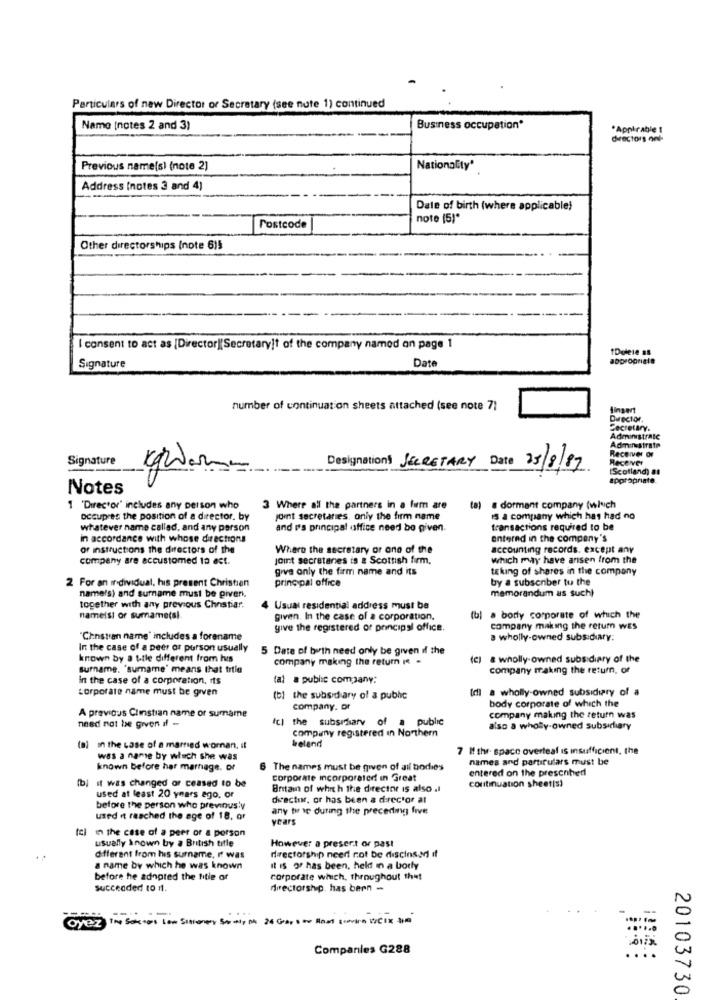
Particulars of new Director of Secretary (see nute 1) continued
Name [notes 2 and 3)
Business occupation*
"Appirable !
directors nel-
Previous name(s) (note 2)
Nationality*
Address (notes 3 and 4)
Date of birth (where applicable)
note (5)*
Postcode
Other directorships (note 6)5
I consent to act as [Director][Secretary!t of the company named on page 1
Date
Signature
number of continuation sheets attached (see note 7)
fingert
Director,
Secretary.
Administratc
Receiver of
Signature
Hecever
Designation] SECRETARY Date
25/8/87
"Scotland) at
appropriate.
Notes
1 'Director' includes any person who
3 Where all the partners in a fum are
a dormant company (wieich
occupies the position of a director. by
joint secretaries. only the firm name
is a company which has had no
whatever name called, and any person
and i's principal office need bo given.
transactions required to be
in accordance with whose directions
entered in the company's
or instructions the directors of the
Where the secretary or one of the
accounting records. except any
company are accustomed to act.
joint secretanes is & Scottish firm.
which may have arisen from the
give only the firm name and its
taking of shares in the company
2 For an individual, his present Christian
principal office
by a subscriber tu the
memorandum as such)
name's) and surname must be given,
together with any previous Chostiar.
4 Usual residential address must be
nameist or sumame(si
given. In the case of a corporation,
(ul . borly corporate of which the
give the registered or principal office.
company making the return wES
"Cinsten name" includes a forename
a wholly-owned subsidiary.
In the case of a peer or porson usually
5 Date of birth need only be given if the
known by a title different from his
company making the return ( .
(e) & wholly owned subsidiary of the
surname. "sumame' means that trilo
company making the return, of
In the case of a corporation. its
(al a public company:
corporate name must be given
Irl a wholly owned subsidiary of a
(b) the subsidiary of a public
body corporate of which the
company. or
A previous Clinstian name of sumame
need not be given if -
fc) the subsidiary of a public
company making the return was
company registered in Northern
also a wholly owned subsidiary
(a) in the case of a married woman, it
beland
7 If the space overteaf is insufficient, the
was a name by which she was
names and particulars must be
knowh before har marnage. or
6 The names must be given of all bodies
entered on the prescnhedl
(b) it was changed or ceased to be
corporate Incorporated in Great
continuation sheet[s)
Britain of which the director is also .i
used at least 20 years ago, or
director, or has been a director al
before the person who previnus'y
any tur se during the preceding five
used it reached the age of 18, or
years
in the case of a peer or a porson
usually known by a British title
However a present or past
different from his surname, I was
directorship need not be discinsel if
a name by which he was known
it is or has been, held in a borly
before he adopted the title or
corporate which, throughout the!
Succeeded to 1.
directorship. has been -
oyez
Comparles G288
...
20103730